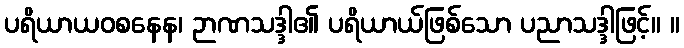
ပရိယာယဝစနေန၊ ဉာဏသဒ္ဒါ၏ ပရိယာယ်ဖြစ်သော ပညာသဒ္ဒါဖြင့်။ ။